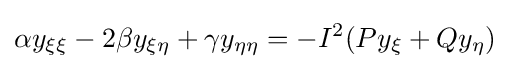
\alpha y_{\xi \xi }-2\beta y_{\xi \eta }+\gamma y_{\eta \eta }=-I^{2}(Py_{\xi }+Qy_{\eta })